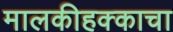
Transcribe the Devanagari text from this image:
मालकीहक्काचा